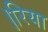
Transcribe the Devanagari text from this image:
।रिया